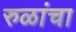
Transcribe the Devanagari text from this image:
रुळांचा